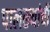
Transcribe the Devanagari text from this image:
पालख्यांची